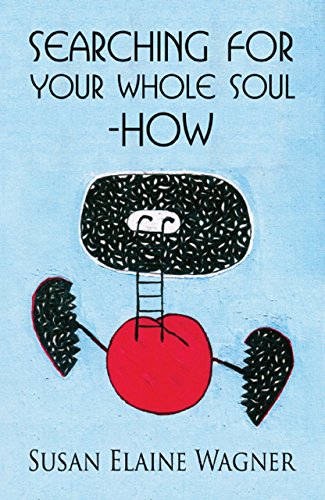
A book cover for Searching For Your Whole Soul-How; Susan Elaine Wagner; Teen & Young Adult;